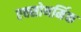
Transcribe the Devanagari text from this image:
एक्सोथर्मिक